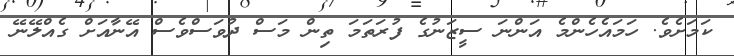
ކަމަށެވެ. ހަމައެހެންމެ އަންނަ ސީޒަނުގެ ފުރަތަމަ ތިން މަސް ދުވަސްވެސް އޭނާއަށް ގެއްލޭނޭ